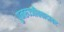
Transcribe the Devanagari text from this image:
पुनरुज्जीववादावर